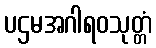
ပဌမအဂါရဝသုတ္တံ